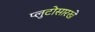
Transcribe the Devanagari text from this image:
प्लुटोसारखे